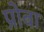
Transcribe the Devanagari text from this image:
प्रोबा